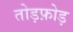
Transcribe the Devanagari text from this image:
तोड़फ़ोड़